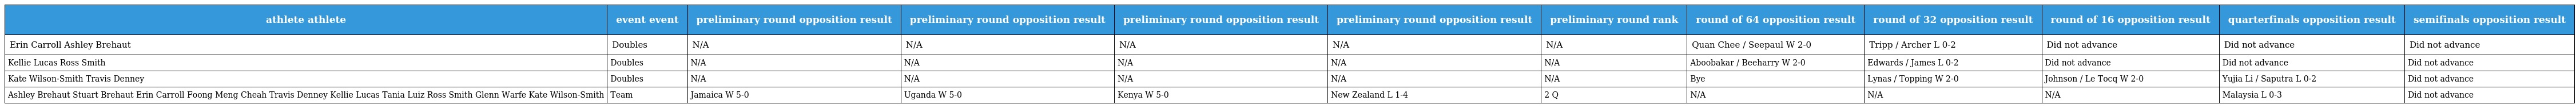
| athlete athlete | event event | preliminary round opposition result | preliminary round opposition result | preliminary round opposition result | preliminary round opposition result | preliminary round rank | round of 64 opposition result | round of 32 opposition result | round of 16 opposition result | quarterfinals opposition result | semifinals opposition result |
 | --- | --- | --- | --- | --- | --- | --- | --- | --- | --- | --- | --- |
 | Erin Carroll Ashley Brehaut | Doubles | N/A | N/A | N/A | N/A | N/A | Quan Chee / Seepaul W 2-0 | Tripp / Archer L 0-2 | Did not advance | Did not advance | Did not advance |
 | Kellie Lucas Ross Smith | Doubles | N/A | N/A | N/A | N/A | N/A | Aboobakar / Beeharry W 2-0 | Edwards / James L 0-2 | Did not advance | Did not advance | Did not advance |
 | Kate Wilson-Smith Travis Denney | Doubles | N/A | N/A | N/A | N/A | N/A | Bye | Lynas / Topping W 2-0 | Johnson / Le Tocq W 2-0 | Yujia Li / Saputra L 0-2 | Did not advance |
 | Ashley Brehaut Stuart Brehaut Erin Carroll Foong Meng Cheah Travis Denney Kellie Lucas Tania Luiz Ross Smith Glenn Warfe Kate Wilson-Smith | Team | Jamaica W 5-0 | Uganda W 5-0 | Kenya W 5-0 | New Zealand L 1-4 | 2 Q | N/A | N/A | N/A | Malaysia L 0-3 | Did not advance |